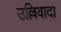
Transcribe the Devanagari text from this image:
उल्लिवादा